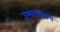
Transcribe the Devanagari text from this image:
उष्माघाताचे